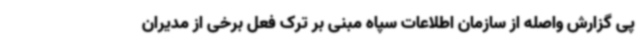
پی گزارش واصله از سازمان اطلاعات سپاه مبنی بر ترک فعل برخی از مدیران